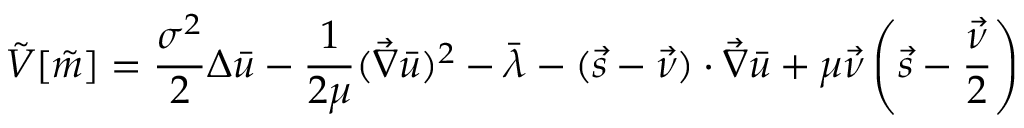
\tilde { V } [ \tilde { m } ] = \frac { \sigma ^ { 2 } } { 2 } \Delta { \bar { u } } - \frac { 1 } { 2 \mu } ( \vec { \nabla } \bar { u } ) ^ { 2 } - \bar { \lambda } - ( \vec { s } - \vec { \nu } ) \cdot \vec { \nabla } \bar { u } + \mu \vec { \nu } \left( \vec { s } - \frac { \vec { \nu } } { 2 } \right)